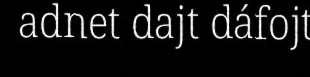
adnet dajt dáfojt